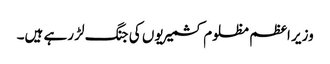
وزیر اعظم مظلوم کشمیریوں کی جنگ لڑ رہے ہیں۔